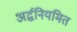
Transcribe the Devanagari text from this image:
अर्द्धनियमित